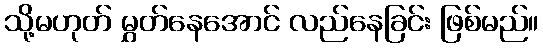
သို့မဟုတ် မွှတ်နေအောင် လည်နေခြင်း ဖြစ်မည်။